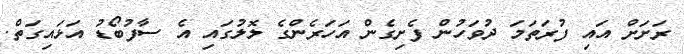
ރަށަށް އައި ފުރަތަމަ ދުވަހުން ފެށިގެން އަހަރެންގެ ލޮލުގައި އެ ސާފުބޯޑު އަޅައިގަތް.